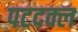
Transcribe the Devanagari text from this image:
पटदक्ल